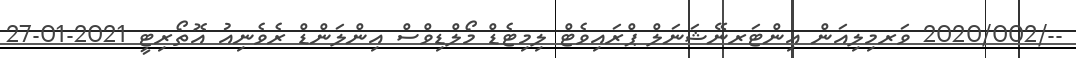
--/2020/002 ވަރމިލިއަން އިންޓަރނޭޝަނަލް ޕްރައިވެޓް ލިމިޓެޑް މޯލްޑިވްސް އިންލަންޑް ރެވެނިއު އޮތޯރިޓީ 2021-01-27